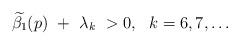
LaTeX: \begin{align*}\widetilde{\beta_1}(p)\ +\ \lambda_k\ >0,\ \ k=6,7,\ldots\\\end{align*}